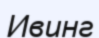
Ивинг